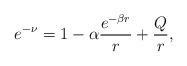
LaTeX: \begin{align*}e^{-\nu}=1-\alpha\frac{e^{-\beta r}}{r}+\frac{Q}{r},\end{align*}